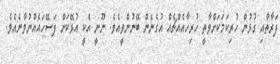
ފަރާތާއި ގުޅުން ހުރިކަމަކަށްވާތީ ހުރިހާއެއްޗެއް އުގެނެން ބޭނުންވީއެވެ. ނޫނީ އެކީ އުޅޭކަށް ފަސޭހައެއްނުވާނެއެވެ.